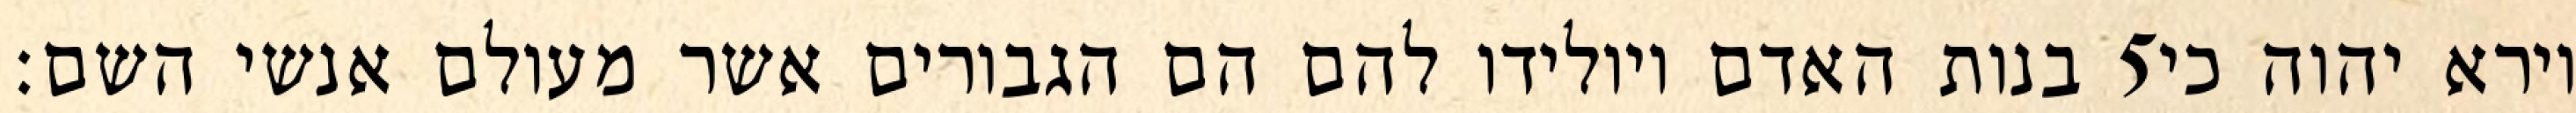
בנות האדם ויולידו להם הם הגבורים אשר מעולם אנשי השם׃ ‎5‏ וירא יהוה כי